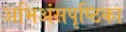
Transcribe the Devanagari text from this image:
अभिअंसपृष्ठिका